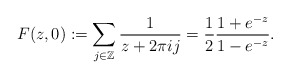
\begin{align*}F(z,0) := \sum_{ j \in \mathbb{Z}} \frac{ 1}{ z + 2 \pi i j } = \frac{1}{2} \frac{ 1 + e^{-z}}{ 1 - e^{ -z}} .\end{align*}